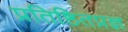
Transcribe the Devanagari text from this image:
प्रतिष्ठितप्रज्ञ